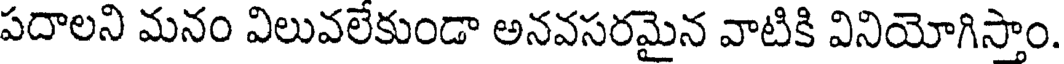
పదాలని మనం విలువలేకుండా అనవసరమైన వాటికి వినియోగిస్తాం